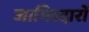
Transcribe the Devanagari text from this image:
जागिरदारों